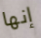
إنها